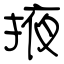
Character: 掖